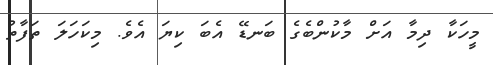
މީހަކާ ދިމާ އަށް މާކުންބެގެ ބަނޑޭ އެބަ ކިޔަ އެވެ. މިކަހަލަ ތަފާތު